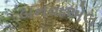
બનવાએલ